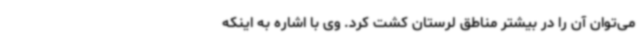
می‌توان آن را در بیشتر مناطق لرستان کشت کرد. وی با اشاره به اینکه